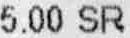
5.00 SR